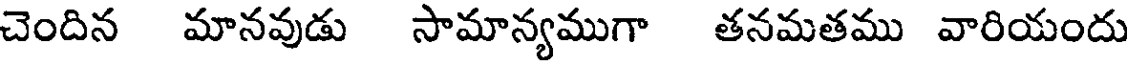
చెందిన మానవుడు సామాన్యముగా తనమతము వారియందు